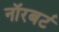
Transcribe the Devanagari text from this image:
नॉरबर्ट